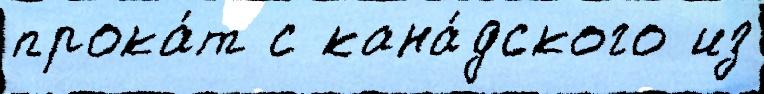
прока́т с кана́дского из